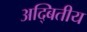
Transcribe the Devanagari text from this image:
अद्बितीय